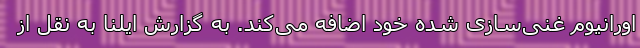
اورانیوم غنی‌سازی شده خود اضافه می‌کند. به گزارش ایلنا به نقل از